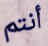
أنتم